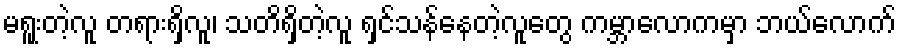
မရူးတဲ့လူ တရားရှိလူ၊ သတိရှိတဲ့လူ ရှင်သန်နေတဲ့လူတွေ ကမ္ဘာလောကမှာ ဘယ်လောက်